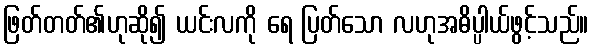
ဖြတ်တတ်၏ဟုဆို၍ ယင်းလကို ရေ ပြတ်သော လဟုအဓိပ္ပါယ်ဖွင့်သည်။